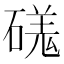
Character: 𥔶